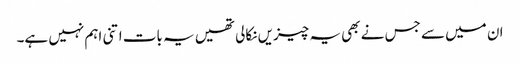
ان میں سے جس نے بھی یہ چیزیں نکالی تھیں یہ بات اتنی اہم نہیں ہے۔